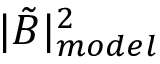
| \tilde { B } | _ { m o d e l } ^ { 2 }